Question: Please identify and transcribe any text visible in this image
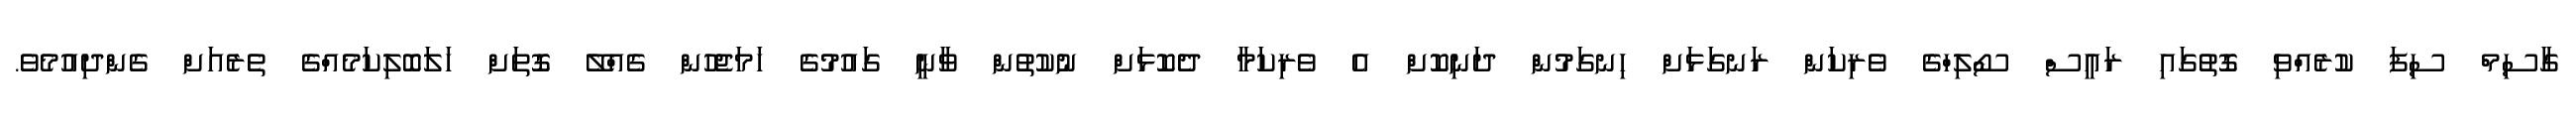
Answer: ގާސިމް ސިފަ ކުރެއްވި ގޮތުގައި ރައީސް ސޯލިހްގެ ވެރިކަން ރަނގަޅަށް ހިނގަމުން ދަނިކޮށް އެ ވެރިކަމާ ދެކޮޅަށް ނުކުތުން ވާނީ ގައުމުގެ ހަމަޖެހުން ގެއްލޭ ގޮތަށް ހަލަބޮލިކަމެއްގެ ތެރެއަށް ގެންދިއުމެވެ.